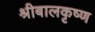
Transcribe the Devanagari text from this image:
श्रीबालकृष्ण